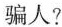
骗人?